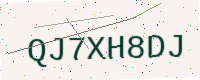
Text: QJ7XH8DJ